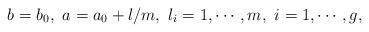
LaTeX: \begin{align*}b=b_0, \, \, a=a_0+l/m, \, \, l_i=1, \cdots , m, \, \,i=1, \cdots , g,\end{align*}